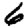
Digit: 6